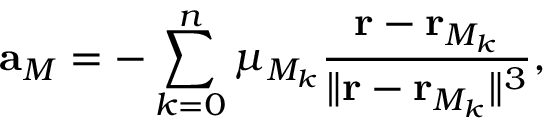
\mathbf { a } _ { M } = - \sum _ { k = 0 } ^ { n } \mu _ { M _ { k } } \frac { \mathbf { r } - \mathbf { r } _ { M _ { k } } } { \lVert \mathbf { r } - \mathbf { r } _ { M _ { k } } \rVert ^ { 3 } } ,